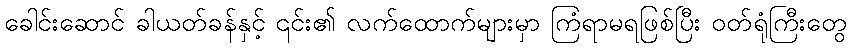
ခေါင်းဆောင် ခါယတ်ခန်နှင့် ၎င်း၏ လက်ထောက်များမှာ ကြံရာမရဖြစ်ပြီး ဝတ်ရုံကြီးတွေ